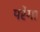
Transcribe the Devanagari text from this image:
परेगा